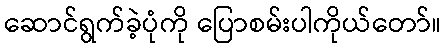
ဆောင်ရွက်ခဲ့ပုံကို ပြောစမ်းပါကိုယ်တော်။